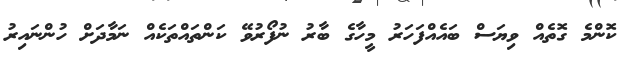
ކޮންމެ ގޮތެއް ވިޔަސް ބައެއްފަހަރު މީހާގެ ބާރު ނުފޯރުވޭ ކަންތައްތަކެއް ނަމާދަށް ހުންނައިރު